65_HS1-834228961_62-HQ-83894_Serial_164
Agency: FBI
Page 4
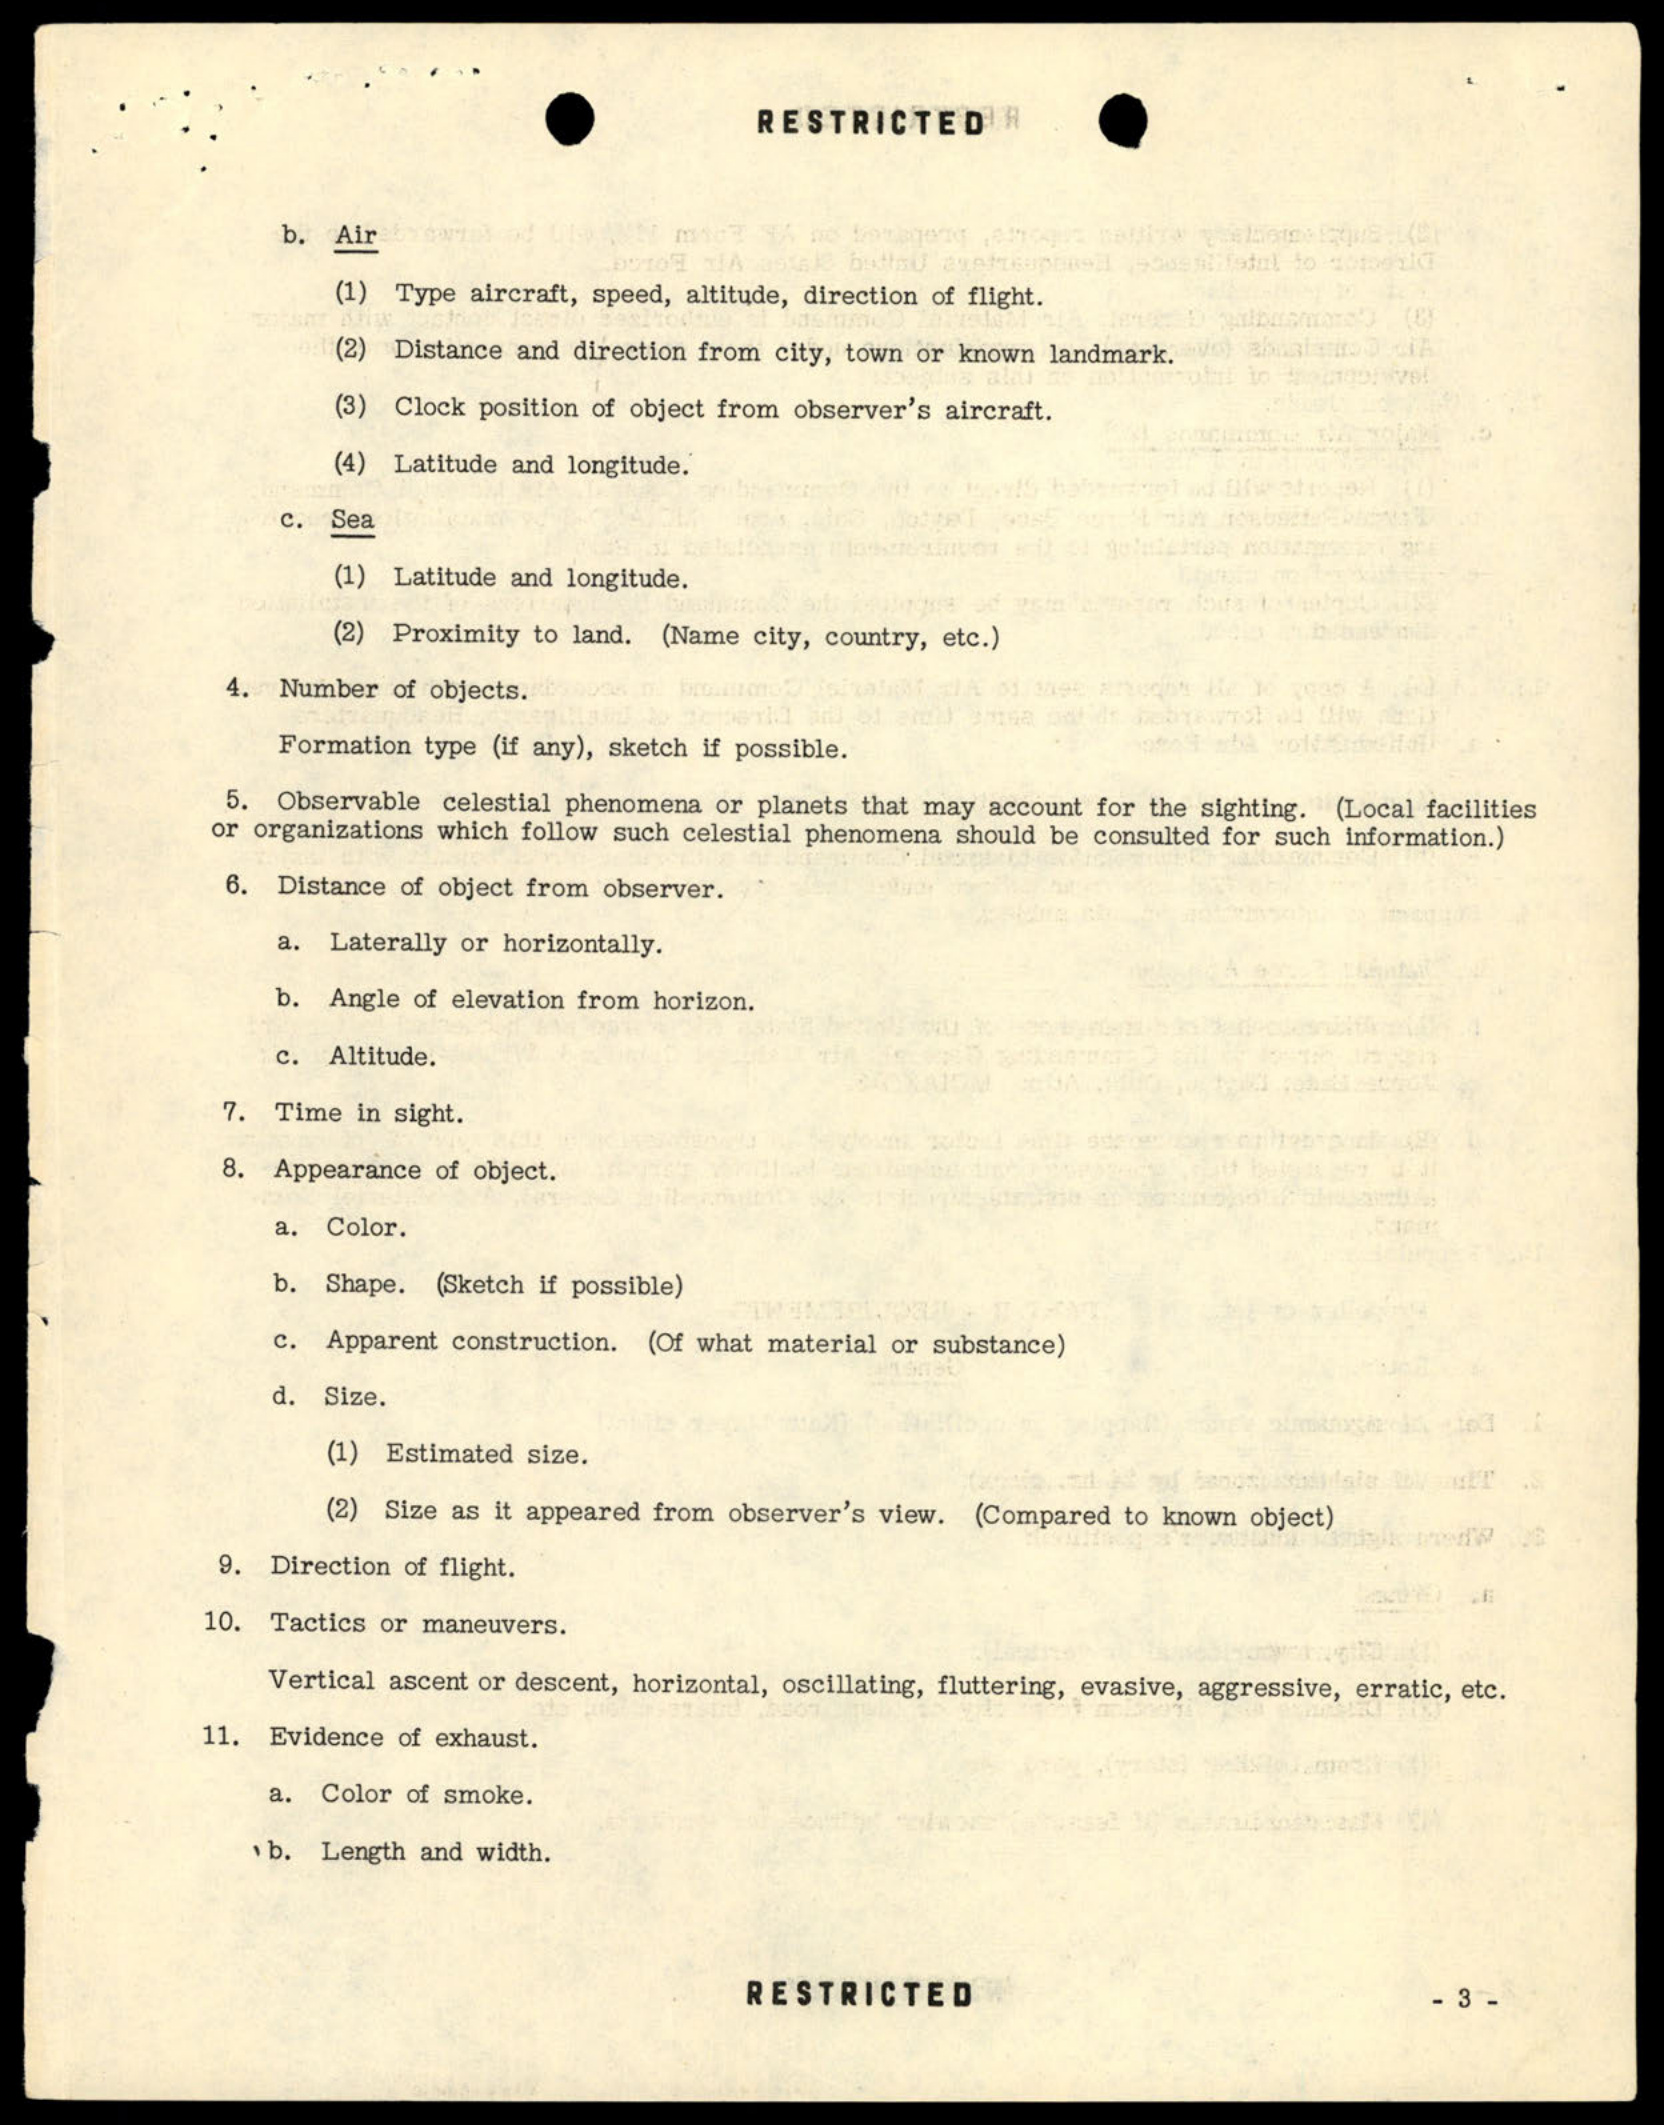